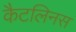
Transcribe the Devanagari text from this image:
कैटलिनस